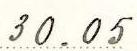
30.05